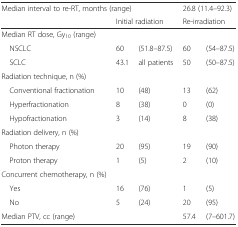
<table><thead><tr><td colspan="3"><b>Median interval to re-RT, months (range)</b></td><td colspan="2"><b>26.8 (11.4–92.3)</b></td></tr><tr><td></td><td colspan="2"><b>Initial radiation</b></td><td colspan="2"><b>Re-irradiation</b></td></tr></thead><tbody><tr><td>Median RT dose, Gy<sub>10</sub> (range)</td><td></td><td></td><td></td><td></td></tr><tr><td> NSCLC</td><td>60</td><td>(51.8–87.5)</td><td>60</td><td>(54–87.5)</td></tr><tr><td> SCLC</td><td>43.1</td><td>all patients</td><td>50</td><td>(50–87.5)</td></tr><tr><td>Radiation technique, n (%)</td><td></td><td></td><td></td><td></td></tr><tr><td> Conventional fractionation</td><td>10</td><td>(48)</td><td>13</td><td>(62)</td></tr><tr><td> Hyperfractionation</td><td>8</td><td>(38)</td><td>0</td><td>(0)</td></tr><tr><td> Hypofractionation</td><td>3</td><td>(14)</td><td>8</td><td>(38)</td></tr><tr><td>Radiation delivery, n (%)</td><td></td><td></td><td></td><td></td></tr><tr><td> Photon therapy</td><td>20</td><td>(95)</td><td>19</td><td>(90)</td></tr><tr><td> Proton therapy</td><td>1</td><td>(5)</td><td>2</td><td>(10)</td></tr><tr><td>Concurrent chemotherapy, n (%)</td><td></td><td></td><td></td><td></td></tr><tr><td> Yes</td><td>16</td><td>(76)</td><td>1</td><td>(5)</td></tr><tr><td> No</td><td>5</td><td>(24)</td><td>20</td><td>(95)</td></tr><tr><td>Median PTV, cc (range)</td><td></td><td></td><td>57.4</td><td>(7–601.7)</td></tr></tbody></table>